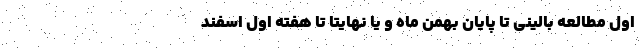
اول مطالعه بالینی تا پایان بهمن ماه و یا نهایتا تا هفته اول اسفند